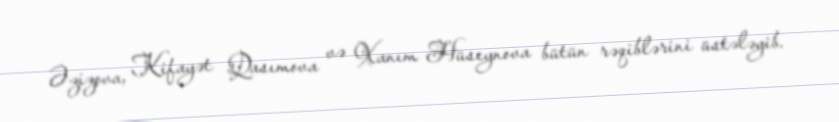
Əzizova, Kifayət Qasımova və Xanım Hüseynova bütün rəqiblərini üstələyib.